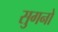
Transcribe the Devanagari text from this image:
सुगनो